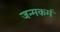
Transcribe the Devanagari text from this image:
जन्मकर्म